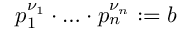
p _ { 1 } ^ { \nu _ { 1 } } \cdot \ldots \cdot p _ { n } ^ { \nu _ { n } } : = b